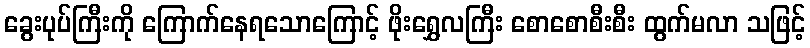
ခွေးပုပ်ကြီးကို ကြောက်နေရသောကြောင့် ဖိုးရွှေလကြီး စောစောစီးစီး ထွက်မလာ သဖြင့်